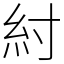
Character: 紂